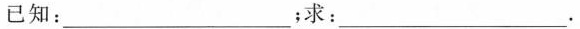
已知：_________；求：___。